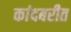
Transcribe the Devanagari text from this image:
कांदबरीत